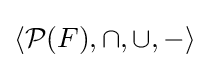
\langle {\mathcal {P}}(F),\cap ,\cup ,-\rangle